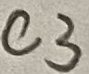
Text: C3